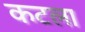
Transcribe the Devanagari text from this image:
कटला